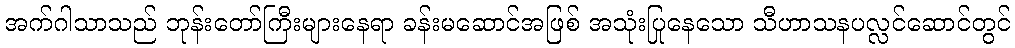
အက်ဂါသာသည် ဘုန်းတော်ကြီးများနေရာ ခန်းမဆောင်အဖြစ် အသုံးပြုနေသော သီဟာသနပလ္လင်ဆောင်တွင်